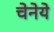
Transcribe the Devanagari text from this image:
चेनेये